Vital statistics of India. Vol. IV, Annual returns from 1871 to 1876. British Army of India, Native Army and jails of Bengal
Year: 1871
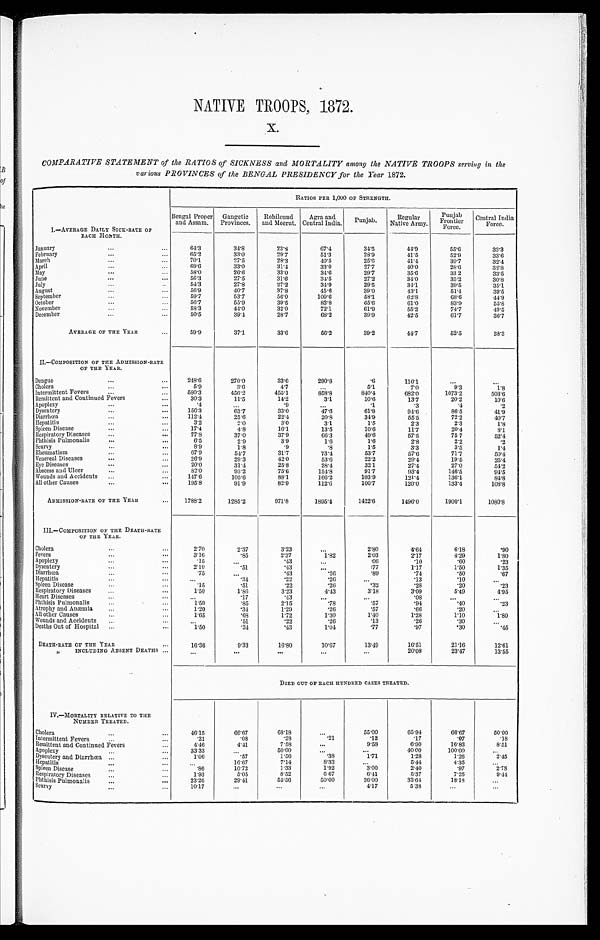
NATIVE TROOPS, 1872.
COMPARATIVE STATEMENT of the RATIOS of SICKNESS and MORTALITY among the NATIVE TROOPS serving in the
various PROVINCES of the BENGAL PRESIDENCY for the Year 1872.
RATIOS PER 1,000 OF STRENGTH.
Bengal Proper
and Assam.
Gangetic
Provinces.
Rohilcund
and Meerut.
Agra and
Central India.
Punjab.
Regular
Native Army.
Punjab
Frontier
Force.
Central India
Force.
I.—AVERAGE DAILY S ICK-RATE OF
EACH MONTH.
January . . .
6 4 . 3
34.8
23. 8
67.4
34.5
44.9
55.6
33.3
February . . .
65.2
33.0
29. 7
51.3
28.9
41.5
52. 9
33.6
March . . .
70.1
27.5
28.3
40.5
25.6
41.4
39. 7
3 2 . 4
April . . .
6 9 . 6
33.0
31.4
33. 0
27.7
40.0
28. 6
3 2 . 8
May . . .
58.0
26.6
33. 0
34.6
29.7
35. 6
33.2
33.5
June . . .
56.3
27.5
31.6
34.5
27.2
34. 0
35.2
3 0 . 8
July . . .
5 4 . 3
27.8
27.2
34.9
29.5
34.1
39.5
35.1
August . . .
56.9
40.7
37. 8
45.6
39.0
43.1
51.4
39.5
September . . .
5 9 . 7
53.7
56.0
109.6
58.1
62. 8
68.6
4 4 . 9
October . . .
56.7
55.9
39.5
83.8
65.6
61.0
83. 9
5 5 . 8
N o v e m b e r . . .
5 8 . 3
44.0
32.0
72.1
61.9
55.2
74. 7
49.5
December . . .
5 0 . 5
39.4
28.7
68.2
39.9
42.5
61.7
3 6 . 7
AVERAGE OF THE YEAR
59.9
37.1
33. 6
56.2
39.2
44.7
52.5
3 8 . 3
II.—COMPOSITION OF THE ADMISSION-RATE
OF THE YEAR.
Dengue . . .
248.6
270.0
33.6
290.8
. 6
116.1
. . .
. . .
Cholera . . .
5 . 9
3.6
4.7
. . .
5.1
7.0
9.3
1 . 8
Intermittent Fevers . . .
580.3
456. 2
455.1
858 .8
840.4
682.0
1073.2
503.6
Remittent and Continued Fevers . . .
30.3
11.5
14.2
3.1
10.6
13. 7
20.2
10.6
Apoplexy . . .
.4
. . .
. 9
. . .
.1
.3
. 4
.2
Dysentery . . .
156.3
63.7
33.0
47.6
61.8
94.6
86.5
41.9
Diarrhœa . . .
1 1 2 . 4
25.6
22. 4
20.8
34.9
55. 5
72.2
40.7
Hepatitis . . .
3 . 2
2.0
3 . 0
3.1
1.5
2.3
2.3
1.8
Spleen Disease . . .
17.4
4.8
16.1
13.5
10.6
11.7
20.4
8.1
Respiratory Diseases . . .
77.8
37.0
37.9
66.3
49.6
57.5
75.7
52. 4
Phthisis Pulmonalis . . .
6.5
2.9
3.9
1.6
1.6
2.8
2.2
.2
Scurvy . . .
8 . 9
1.8
.9
.8
1.5
3.3
3.5
1 . 4
Rheumatism . . .
67.9
54.7
31.7
73.4
53.7
57.6
71.7
50. 4
Venereal Diseases . . .
2 6 . 9
29.3
42. 0
53.6
22.2
29.4
19.5
25. 4
Eye Diseases . . .
20.0
31.4
25.8
28.4
32.1
27.4
27.0
54.2
Abscess and Ulcer . . .
8 2 . 0
9 3 . 2
75. 6
154.8
91.7
93.4
146.5
94.5
Wounds and Accidents . . .
147.6
105.6
88.1
166.2
103.9
121.4
136.1
84. 8
All other Causes . . .
195.8
91.9
82.9
112.6
100.7
120.0
133.4
108. 8
ADMISSION-RATE OF THE YEAR . . .
1788.2
1285.2
971. 8
1895.4
1422.6
1496.0
1900.1
1080. 8
III.—COMPOSITION OF THE DEATH-RATE
OF THE YEAR.
Cholera . . .
2.70
2.37
3.23
. . .
2.80
4.64
6.18
.90
Fevers . . .
3.16
.85
2.37
1.82
2.03
2.17
4.29
1.80
a P O P L E X Y . . .
. 1 5
. . .
.43
. . .
.06
. 1 0
.60
.23
Dysentery . . .
2.10
.51
.43
. . .
.77
1.17
1.50
1.35
Diarrhœa . . .
. 7 5
. . .
.43
.26
.89
.74
.50
.67
Hepatitis . . .
. . .
.34
.22
.26
. . .
.13
.10
. . .
Spleen Disease . . .
.15
.51
.22
.26
.32
.28
.20
.23
Respiratory Diseases . . .
1.50
1.86
3.23
4.43
3.18
3.09
5.49
4.95
Heart Disease . . .
. . . .17
.43
. . .
. . .
.08
. . .
. . .
Phthisis Pulmonalis . . .
1.50
.85
2.15
.78
.57
.94
.40
.23
Atrophy and Anæmia . . .
1.20
.34
1.29
.26
.57
.66
.20
. . .
All other Causes . . .
1 . 6 5
.68
1.72
1.30
1.40
1.28
1.10
1.80
Wounds and Accidents . . .
. . .
.51
.22
.26
.13
.26
.30
. . .
Deaths Out of Hospital . . .
1.50
.34
.43
1.04
.77
.97
.30
.45
DEATH-RATE OF THE YEAR . . .
16.36
9.33
16.80
10.67
13.49
16.51
21.16
12. 61
"
INCLUDING ABSENT DEATHS . . .
. . .
. . .
. . .
. . .
. . . 20.08
23.47
13.55
DIED OUT OF EACH HUNDRED CASES TREATED.
IV.—MORTALITY RELATIVE TO THE
NUMBER TREATED.
Cholera . . .
46.15
66.67
68.18
. . .
55.00
65.94
66.67
50.00
Intermittent Fevers . . .
. 2 1
.08
.28
.21
.12
.17
.07
. 1 8
Remittent and Continued Fevers . . .
4 . 4 6
4.41
7.58
. . .
9 . 5 8
6 . 9 0
1 6 . 8 3
8 . 5 1
Apoplexy . . .
33.33
. . .
50.00
. . .
. . . 40.00
100.00
. . .
Dysentery and Diarrhœa . . .
1.06
.57
1.56
.38
1.71
1 . 2 8
1 . 2 6
2 . 4 5
Hepatitis . . .
. . . 16.67
7.14
8.33
. . .
5.44
4.35
. . .
Spleen Disease . . .
.86
10.72
1.33
1 . 9 2
3 . 0 0
2 . 4 0
. 9 7
2 . 7 8
Respiratory Diseases . . .
1 . 9 3
5.05
8.52
6.67
6.41
5.37
7.25
9. 44
Phthisis Pulmonalis . . .
23.26
29.41
55.56
50.00
36.00
33.64
18.18
. . .
Scurvy . . .
10.17
. . .
. . .
. . .
4.17
5.38
. . .
. . .